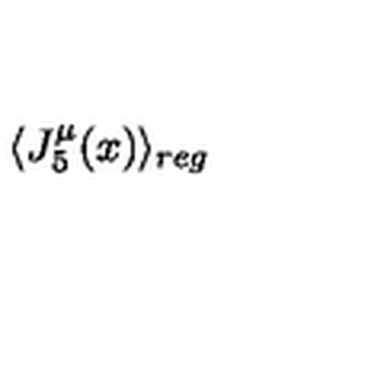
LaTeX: \langle J _ { 5 } ^ { \mu } ( x ) \rangle _ { r e g }